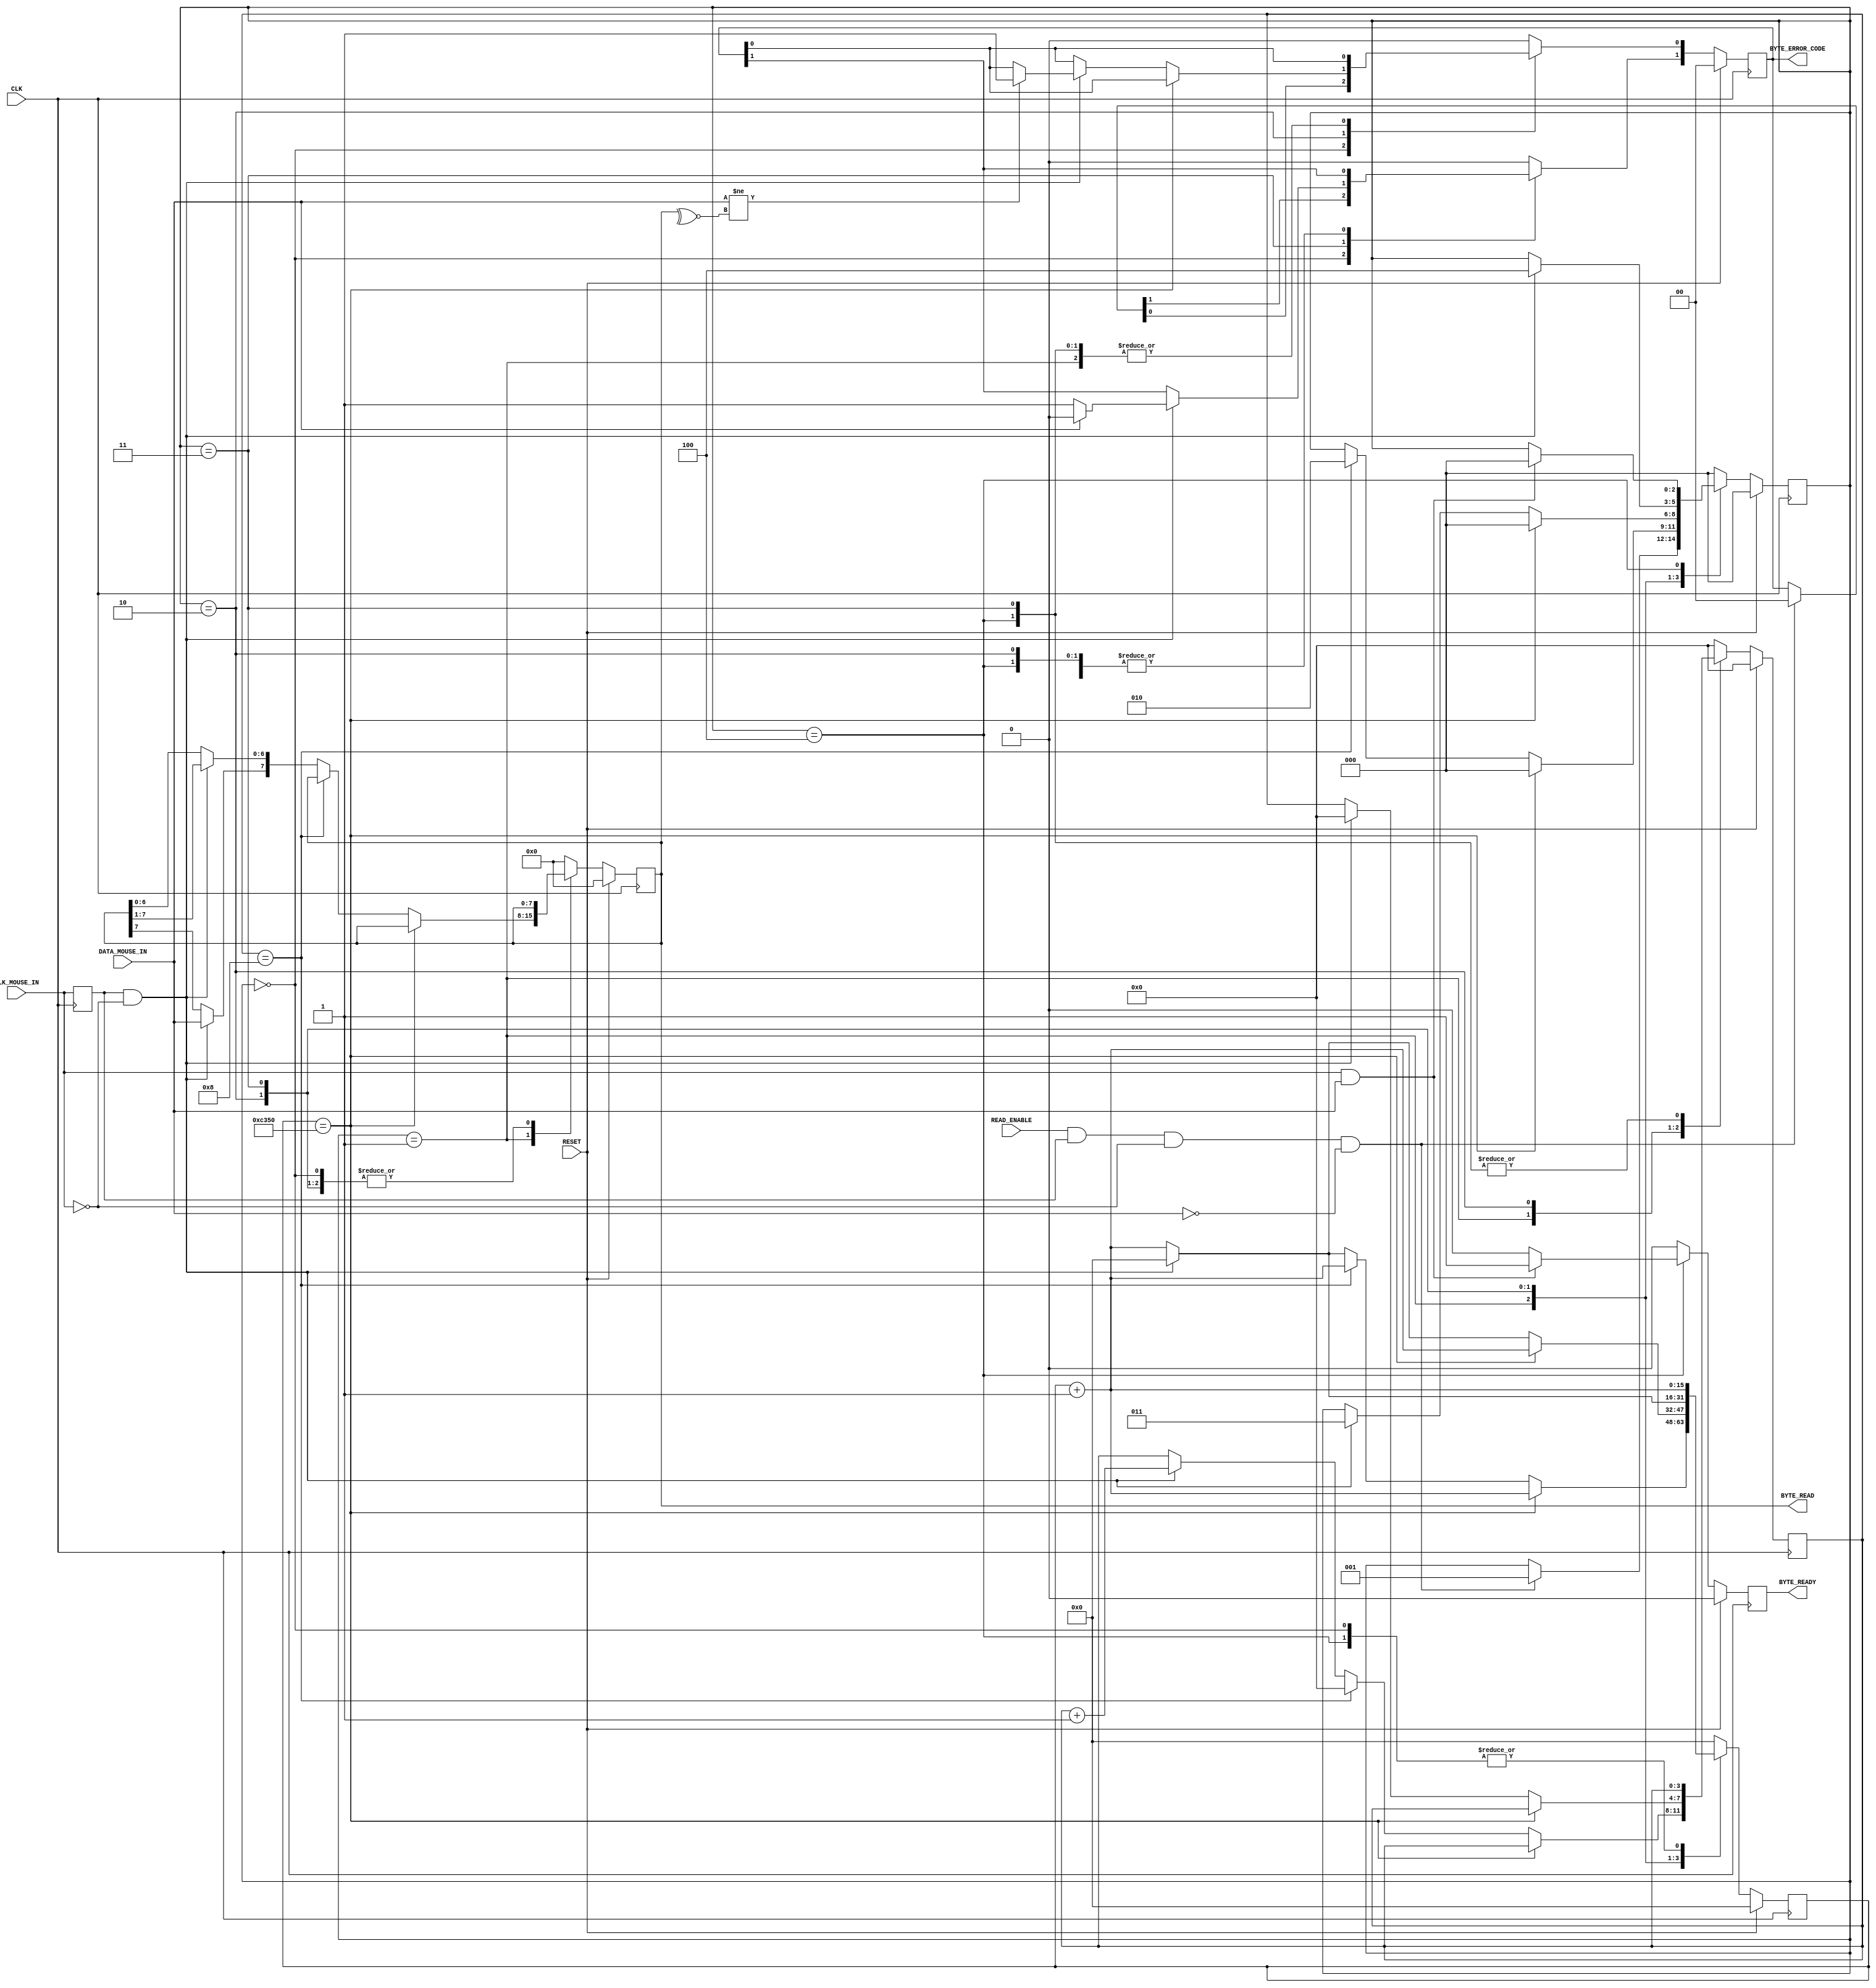
`timescale 1ns / 1ps
//////////////////////////////////////////////////////////////////////////////////
// Company: The University of Edinburgh
// 
// Design Name: Mouse Interface
// Module Name: MouseReceiver
// Project Name: Digital Systems Laboratory
// Target Devices: Basys 3
// Tool Versions: 
// Description: Receiver Module. Handles the Mouse to Host communication following
//              the PS/2 protocol.
// 
// Dependencies: 
// 
// Revision:
// Revision 0.01 - File Created
// Additional Comments: Can't really add additional functionality to this module
//                      as design freedom is very contrained.
//////////////////////////////////////////////////////////////////////////////////


module MouseReceiver(
    //Standard Inputs
    input RESET,
    input CLK,
    //Mouse IO - CLK
    input CLK_MOUSE_IN,
    //Mouse IO - DATA
    input DATA_MOUSE_IN,
    //Control
    input READ_ENABLE,
    output [7:0] BYTE_READ,
    output [1:0] BYTE_ERROR_CODE,
    output BYTE_READY
    );
    
    //////////////////////////////////////////////////////////
    // Clk Mouse delayed to detect clock edges
    reg ClkMouseInDly;
    always@(posedge CLK)
        ClkMouseInDly <= CLK_MOUSE_IN;
    
    //////////////////////////////////////////////////////////
    //A simple state machine to handle the incoming 11-bit codewords
    reg [2:0] Curr_State, Next_State;
    reg [7:0] Curr_MSCodeShiftReg, Next_MSCodeShiftReg;
    reg [3:0] Curr_BitCounter, Next_BitCounter;
    reg Curr_ByteReceived, Next_ByteReceived;
    reg [1:0] Curr_MSCodeStatus, Next_MSCodeStatus;
    reg [15:0] Curr_TimeoutCounter, Next_TimeoutCounter;
    
    //Sequential
    always@(posedge CLK) begin
        if(RESET) begin
            Curr_State <= 3'b000;
            Curr_MSCodeShiftReg <= 8'h00;
            Curr_BitCounter <= 0;
            Curr_ByteReceived <= 1'b0;
            Curr_MSCodeStatus <= 2'b00;
            Curr_TimeoutCounter <= 0;
        end else begin
            Curr_State <= Next_State;
            Curr_MSCodeShiftReg <= Next_MSCodeShiftReg;
            Curr_BitCounter <= Next_BitCounter;
            Curr_ByteReceived <= Next_ByteReceived;
            Curr_MSCodeStatus <= Next_MSCodeStatus;
            Curr_TimeoutCounter <= Next_TimeoutCounter;
        end
    end
    
    //Combinatorial
    always@* begin
        //defaults to make the State Machine more readable
        Next_State = Curr_State;
        Next_MSCodeShiftReg = Curr_MSCodeShiftReg;
        Next_BitCounter = Curr_BitCounter;
        Next_ByteReceived = 1'b0;
        Next_MSCodeStatus = Curr_MSCodeStatus;
        Next_TimeoutCounter = Curr_TimeoutCounter + 1'b1;
        
        //The states
        case (Curr_State)
        3'b000: begin
            //Falling edge of Mouse clock and MouseData is low i.e. start bit
            if(READ_ENABLE & ClkMouseInDly & ~CLK_MOUSE_IN & ~DATA_MOUSE_IN) begin
                Next_State = 3'b001;
                Next_MSCodeStatus = 2'b00;
            end
            Next_BitCounter = 0;
        end
        //Read successive byte bits from the mouse here
        3'b001: begin
            if(Curr_TimeoutCounter == 50000) // 1ms timeout
                Next_State = 3'b000;
            else if(Curr_BitCounter == 8) begin // if last bit go to parity bit check
                Next_State = 3'b010;
                Next_BitCounter = 0;
            end else if(ClkMouseInDly & ~CLK_MOUSE_IN) begin //Shift Byte in
                Next_MSCodeShiftReg[6:0] = Curr_MSCodeShiftReg[7:1];
                Next_MSCodeShiftReg[7] = DATA_MOUSE_IN;
                Next_BitCounter = Curr_BitCounter + 1;
                Next_TimeoutCounter = 0;
            end
        end
        //Check Parity Bit
        3'b010: begin
            //Falling edge of Mouse clock and MouseData is odd parity
            if(Curr_TimeoutCounter == 50000)
                Next_State = 3'b000;
            else if(ClkMouseInDly & ~CLK_MOUSE_IN) begin
                if(DATA_MOUSE_IN != ~^Curr_MSCodeShiftReg[7:0]) // Parity bit error
                    Next_MSCodeStatus[0] = 1'b1;
                Next_BitCounter = 0;
                Next_State = 3'b011;
                Next_TimeoutCounter = 0;
            end
        end
            
        /*
        Fill in the code for State 3'b011 to detect the Stop bit and set MSCodeStatus [1] accordingly, the final
        State 3'b100, as well as default State
        */
        /*
        FILL IN THIS AREA
        */
        //Detect Stop bit
        3'b011: begin
            //Falling edge of Mouse clock and MouseData is Stop bit
            if(Curr_TimeoutCounter == 100000) // 1ms timeout
                Next_State = 3'b000;
            else if(ClkMouseInDly & ~CLK_MOUSE_IN) begin
                // If stop bit is logic 1 there is no error
                if(DATA_MOUSE_IN)
                    Next_MSCodeStatus[1] = 1'b0;
                else
                    // else there is an error
                    Next_MSCodeStatus[1] = 1'b1;
                
                Next_State = 3'b100;
                Next_TimeoutCounter = 0;
            end
        end
        
        //Confirm that byte was received and return to first state
        3'b100: begin
            if(Curr_TimeoutCounter == 100000) // 1ms timeout for 100MHz Clock
                Next_State = 3'b000;
            if (CLK_MOUSE_IN & DATA_MOUSE_IN) begin
                Next_ByteReceived = 1'b1;
                Next_State = 3'b000;
            end
        end
        
        //DEFAUlT STATE
        default: begin
            Next_State = 3'b000;
            Next_MSCodeShiftReg = 8'h00;
            Next_BitCounter = 0;
            Next_ByteReceived = 1'b0;
            Next_MSCodeStatus = 2'b00;
            Next_TimeoutCounter = 0;
        end   
        endcase
    end
    
    assign BYTE_READY = Curr_ByteReceived;
    assign BYTE_READ = Curr_MSCodeShiftReg;
    assign BYTE_ERROR_CODE = Curr_MSCodeStatus;
    
endmodule